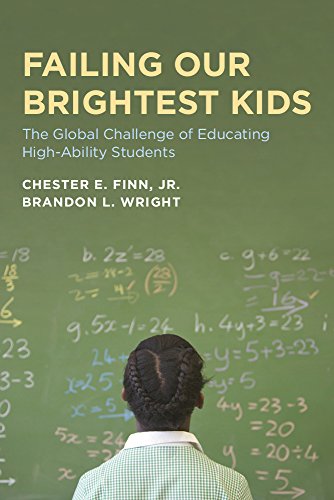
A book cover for Failing Our Brightest Kids: The Global Challenge of Educating High-Ability Students (Educational Innovations Series); Chester E. Finn Jr.; Education & Teaching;